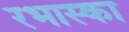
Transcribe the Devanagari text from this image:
रभास्‍का